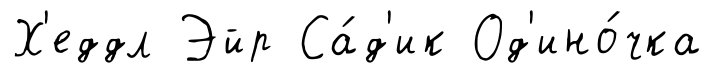
Х'еддл Эйр Са́д'ик Од'ино́чка